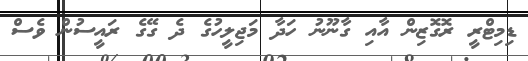
ޑިމިޓްރީ ރޮގޮޒިން އާއި ގާނޫނު ހަދާ މަޖިލީހުގެ ދެ ގޭގެ ރައީސުން ވެސް